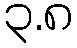
၃.၈